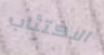
الاكتئاب